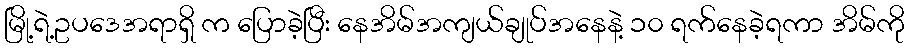
မြို့ရဲ့ဥပဒေအရာရှိ က ပြောခဲ့ပြီး နေအိမ်အကျယ်ချုပ်အနေနဲ့ ၁၀ ရက်နေခဲ့ရကာ အိမ်ကို